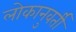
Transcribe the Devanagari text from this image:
लोकानुवर्ती